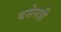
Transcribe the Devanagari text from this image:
बसेसही